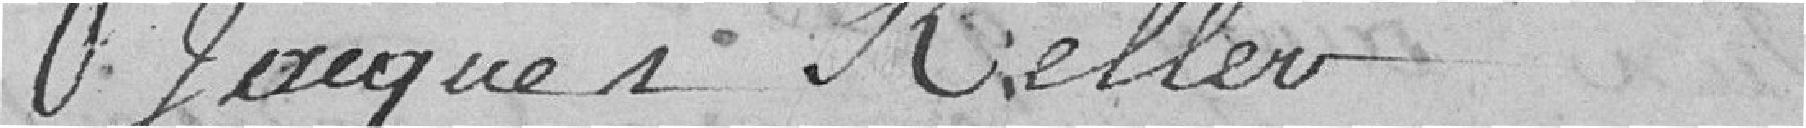
Jacques Keller